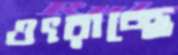
ওৎরাচ্ছে